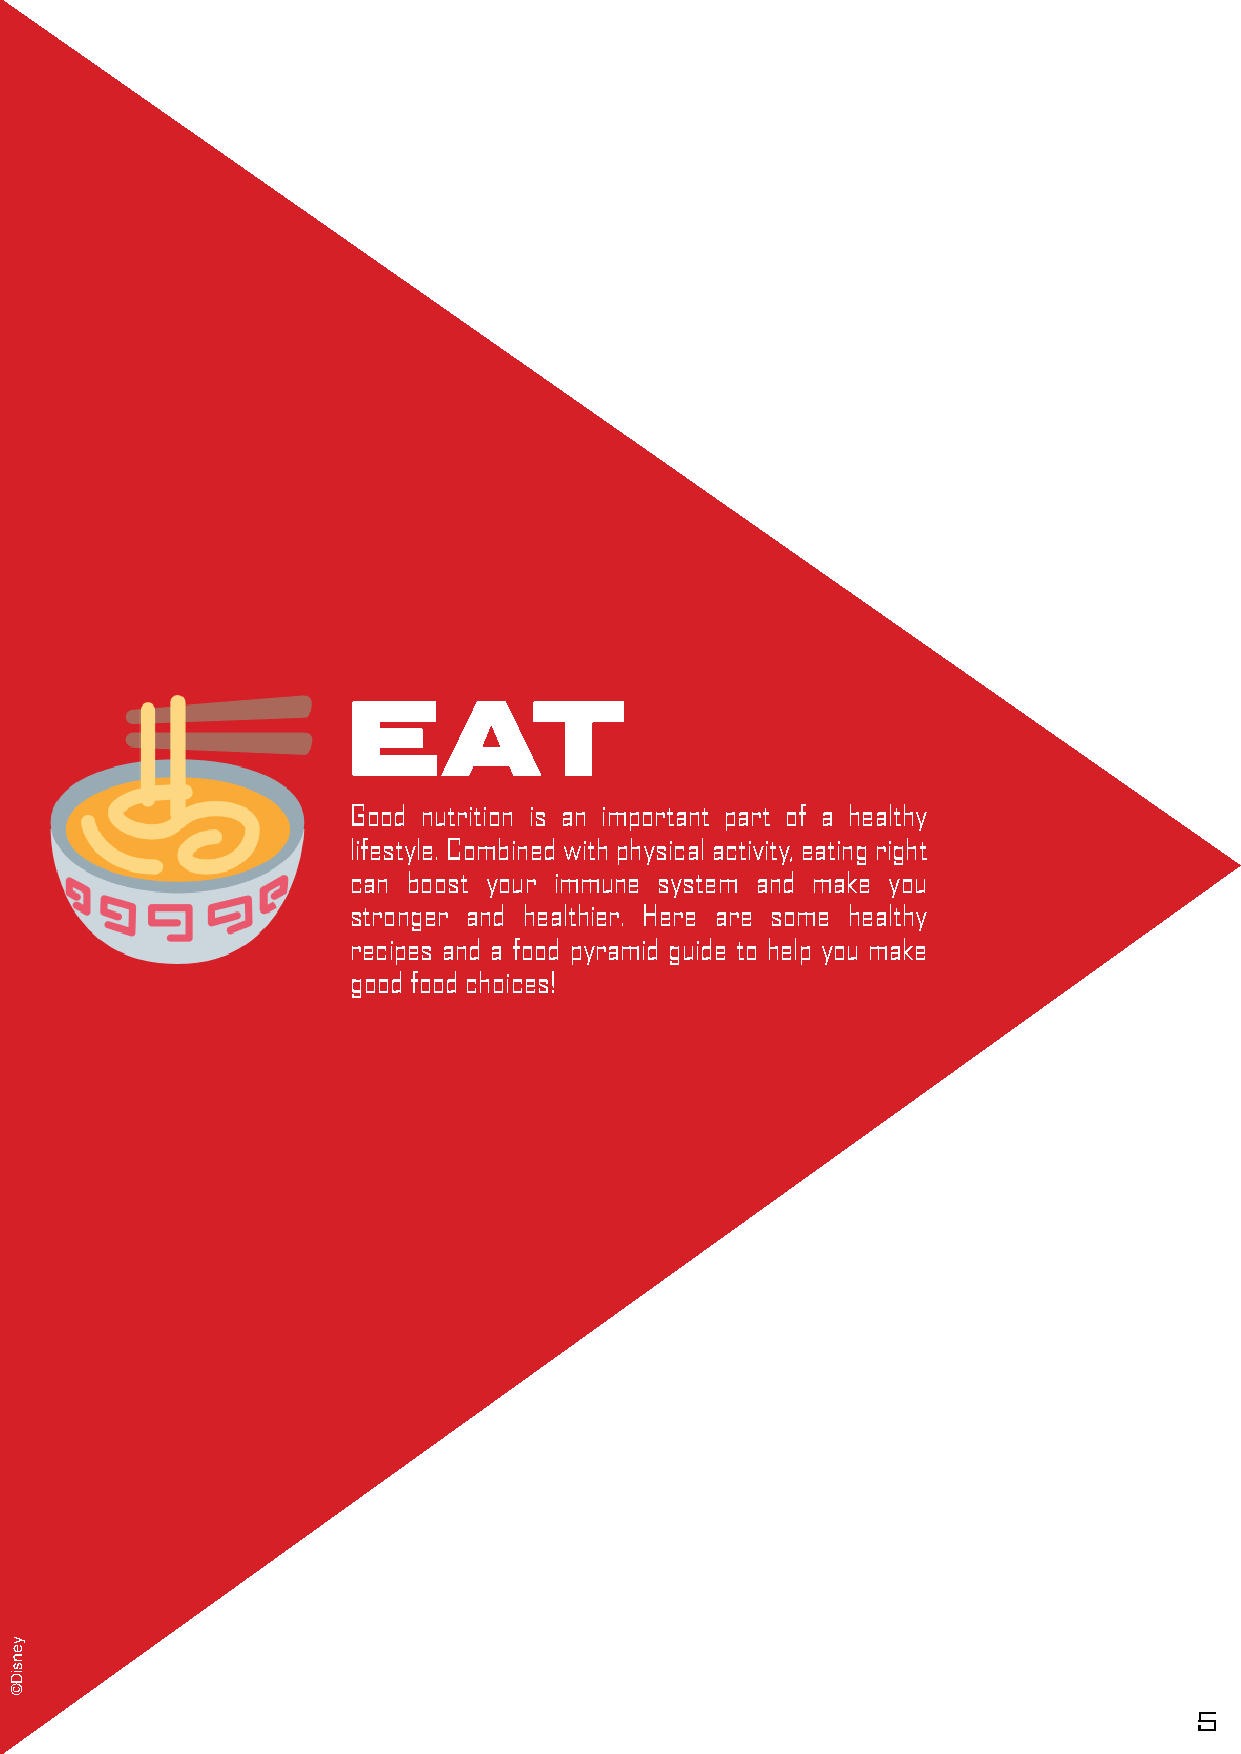
EAT
 Good nutrition is an important part of a healthy
 lifestyle. Combined with physical activity, eating right
 can boost your immune system and make you
 stronger and healthier. Here are some healthy
 recipes and a food pyramid guide to help you make
 good food choices!
 5
 yensiD©